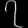
Digit: ၇